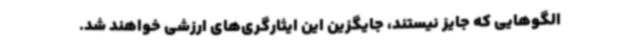
الگوهایی که جایز نیستند، جایگزین این ایثارگری‌های ارزشی خواهند شد.